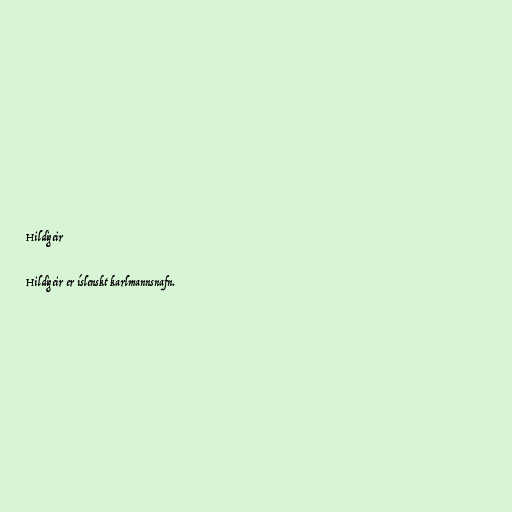
Hildigeir

Hildigeir er íslenskt karlmannsnafn.